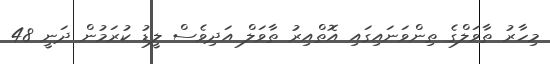
މިހާރު ތާވަލްގެ ތިންވަނައިގައި އޮތްއިރު ތާވަލް އަދިވެސް ލީޑު ކުރަމުން ދަނީ 48